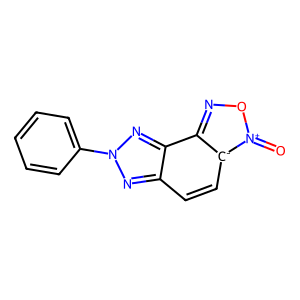
SMILES: O=[n+]1onc2c3nn(-c4ccccc4)nc3cc[c-]21
Inhibits HIV replication: No